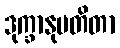
ဒုက္ခာနုပတိတာ